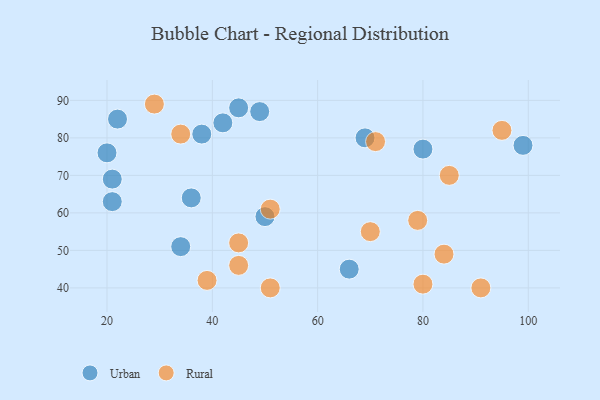
{"axis": {"x": "GDP", "y": "Life Expectancy"}, "legend": ["Rural", "Urban"], "data": [{"x": "20", "y": 76, "type": "Urban"}, {"x": "36", "y": 64, "type": "Urban"}, {"x": "50", "y": 59, "type": "Urban"}, {"x": "38", "y": 81, "type": "Urban"}, {"x": "22", "y": 85, "type": "Urban"}, {"x": "66", "y": 45, "type": "Urban"}, {"x": "34", "y": 51, "type": "Urban"}, {"x": "99", "y": 78, "type": "Urban"}, {"x": "49", "y": 87, "type": "Urban"}, {"x": "21", "y": 63, "type": "Urban"}, {"x": "69", "y": 80, "type": "Urban"}, {"x": "80", "y": 77, "type": "Urban"}, {"x": "42", "y": 84, "type": "Urban"}, {"x": "45", "y": 88, "type": "Urban"}, {"x": "21", "y": 69, "type": "Urban"}, {"x": "45", "y": 46, "type": "Rural"}, {"x": "70", "y": 55, "type": "Rural"}, {"x": "95", "y": 82, "type": "Rural"}, {"x": "71", "y": 79, "type": "Rural"}, {"x": "34", "y": 81, "type": "Rural"}, {"x": "45", "y": 52, "type": "Rural"}, {"x": "29", "y": 89, "type": "Rural"}, {"x": "80", "y": 41, "type": "Rural"}, {"x": "91", "y": 40, "type": "Rural"}, {"x": "79", "y": 58, "type": "Rural"}, {"x": "51", "y": 61, "type": "Rural"}, {"x": "51", "y": 40, "type": "Rural"}, {"x": "85", "y": 70, "type": "Rural"}, {"x": "84", "y": 49, "type": "Rural"}, {"x": "39", "y": 42, "type": "Rural"}]}